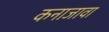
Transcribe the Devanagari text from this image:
कनाजावा